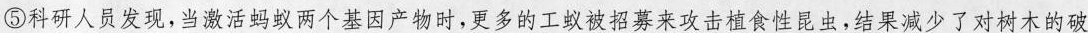
⑤科研人员发现，当激活蚂蚁两个基因产物时，更多的工蚁被招募来攻击植食性昆虫，结果减少了对树木的破